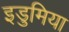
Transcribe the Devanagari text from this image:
इडुमिया